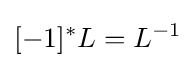
[-1]^{*}L=L^{-1}